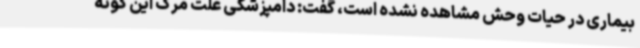
بیماری در حیات وحش مشاهده نشده است، گفت: دامپزشکی علت مرگ این گونه